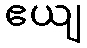
ဧယျ